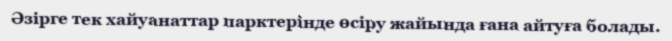
Әзірге тек хайуанаттар парктерінде өсіру жайында ғана айтуға болады.